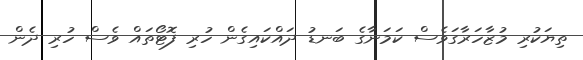
ތިޔަކުރި މުޒާހަރާގަވެސް ކަމަނާގެ ބަނޑު ދައްކައިގެން ހުރި ފޮޓޯތައް ވެސް ހުރި ދެން